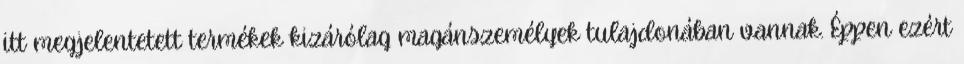
itt megjelentetett termékek kizárólag magánszemélyek tulajdonában vannak. Éppen ezért